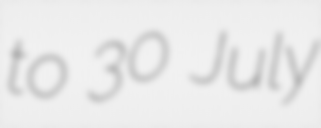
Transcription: to 30 July